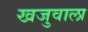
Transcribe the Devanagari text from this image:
खजुवाला